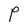
Character: P